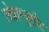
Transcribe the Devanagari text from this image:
लेप्राम्युसीट